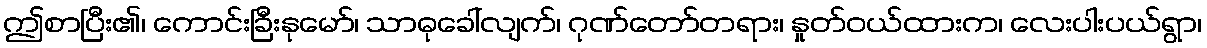
ဤစာပြီး၏၊ ကောင်းခြီးနုမော်၊ သာဓုခေါ်လျက်၊ ဂုဏ်တော်တရား၊ နှုတ်ဝယ်ထားက၊ လေးပါးပယ်ရွာ၊